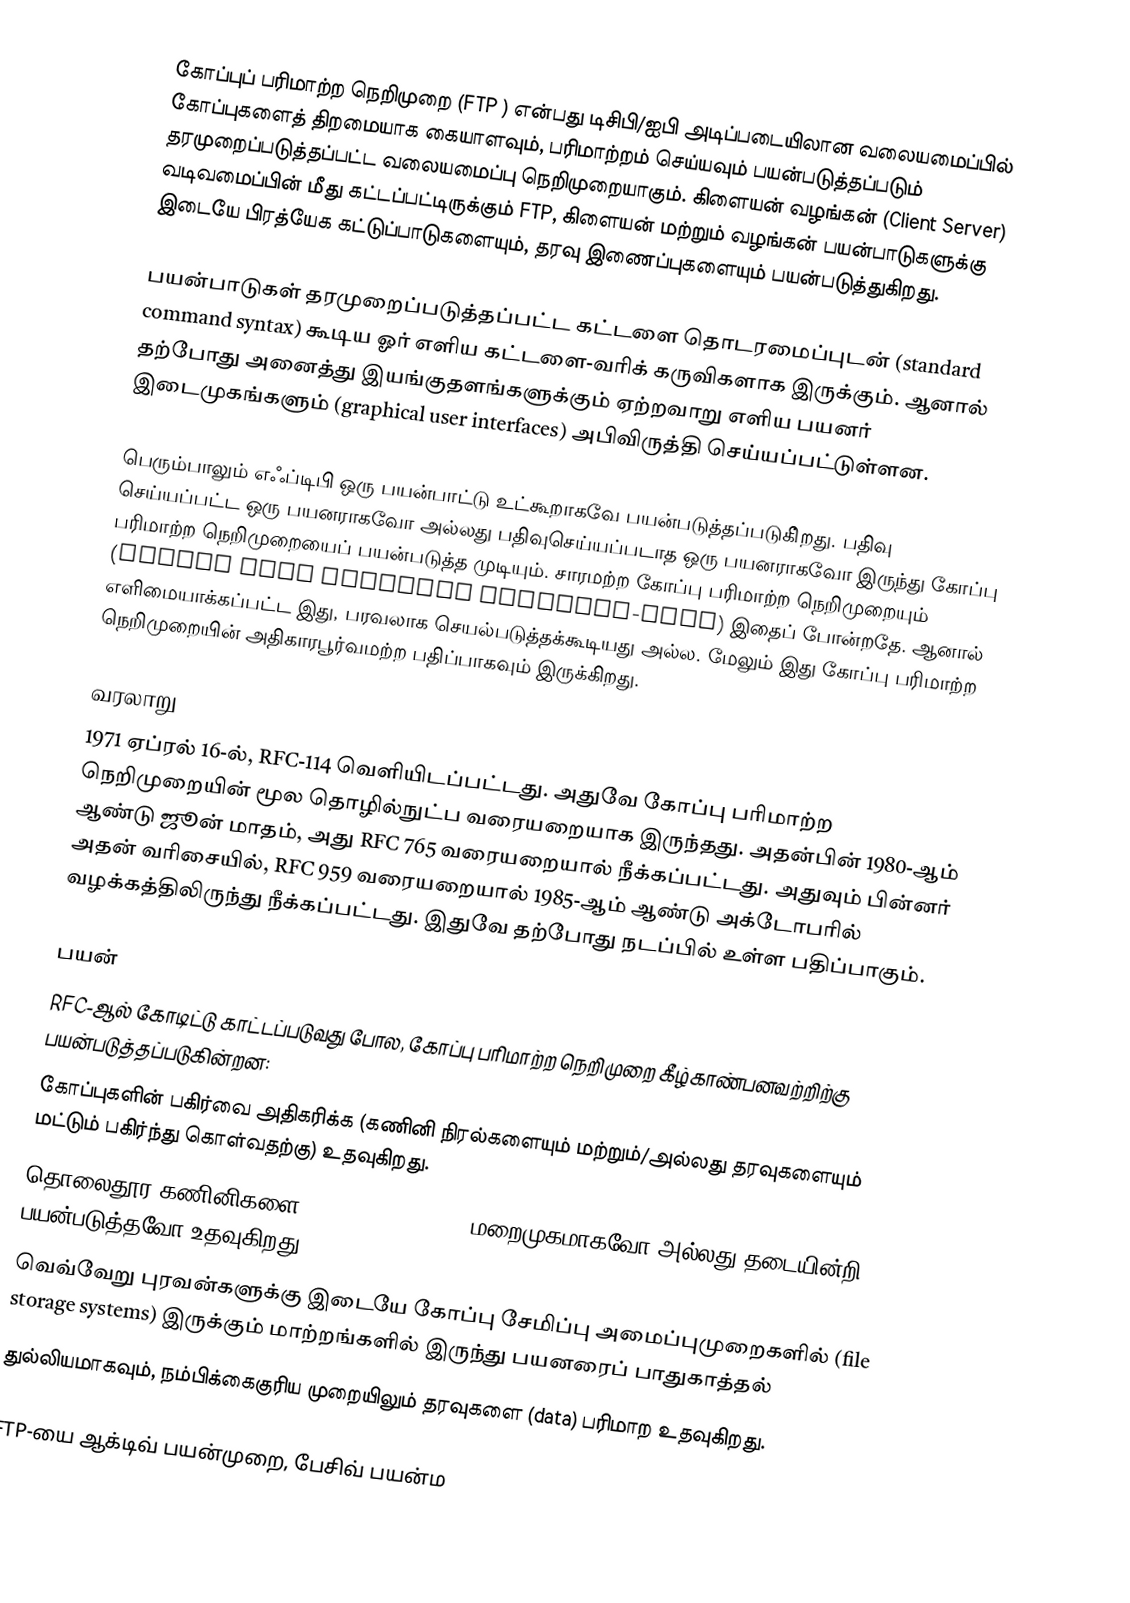
கோப்புப் பரிமாற்ற நெறிமுறை (FTP ) என்பது டிசிபி/ஐபி அடிப்படையிலான வலையமைப்பில் கோப்புகளைத் திறமையாக கையாளவும், பரிமாற்றம் செய்யவும் பயன்படுத்தப்படும் தரமுறைப்படுத்தப்பட்ட வலையமைப்பு நெறிமுறையாகும். கிளையன் வழங்கன் (Client Server) வடிவமைப்பின் மீது கட்டப்பட்டிருக்கும் FTP, கிளையன் மற்றும் வழங்கன் பயன்பாடுகளுக்கு இடையே பிரத்யேக கட்டுப்பாடுகளையும், தரவு இணைப்புகளையும் பயன்படுத்துகிறது.

பயன்பாடுகள் தரமுறைப்படுத்தப்பட்ட கட்டளை தொடரமைப்புடன் (standard command syntax) கூடிய ஓர் எளிய கட்டளை-வரிக் கருவிகளாக இருக்கும். ஆனால் தற்போது அனைத்து இயங்குதளங்களுக்கும் ஏற்றவாறு எளிய பயனர் இடைமுகங்களும் (graphical user interfaces) அபிவிருத்தி செய்யப்பட்டுள்ளன.

பெரும்பாலும் எஃப்டிபி ஒரு பயன்பாட்டு உட்கூறாகவே பயன்படுத்தப்படுகி்றது. பதிவு செய்யப்பட்ட ஒரு பயனராகவோ அல்லது பதிவுசெய்யப்படாத ஒரு பயனராகவோ இருந்து கோப்பு பரிமாற்ற நெறிமுறையைப் பயன்படுத்த முடியும். சாரமற்ற கோப்பு பரிமாற்ற நெறிமுறையும் (Trival File Transfer Protocol-TFTP) இதைப் போன்றதே. ஆனால் எளிமையாக்கப்பட்ட இது, பரவலாக செயல்படுத்தக்கூடியது அல்ல. மேலும் இது கோப்பு பரிமாற்ற நெறிமுறையின் அதிகாரபூர்வமற்ற பதிப்பாகவும் இருக்கிறது.

வரலாறு
1971 ஏப்ரல் 16-ல், RFC-114 வெளியிடப்பட்டது. அதுவே கோப்பு பரிமாற்ற நெறிமுறையின் மூல தொழில்நுட்ப வரையறையாக இருந்தது. அதன்பின் 1980-ஆம் ஆண்டு ஜூன் மாதம், அது RFC 765 வரையறையால் நீக்கப்பட்டது. அதுவும் பின்னர் அதன் வரிசையில், RFC 959 வரையறையால் 1985-ஆம் ஆண்டு அக்டோபரில் வழக்கத்திலிருந்து நீக்கப்பட்டது. இதுவே தற்போது நடப்பில் உள்ள பதிப்பாகும்.

பயன்
RFC-ஆல் கோடிட்டு காட்டப்படுவது போல, கோப்பு பரிமாற்ற நெறிமுறை கீழ்காண்பனவற்றிற்கு பயன்படுத்தப்படுகின்றன:
 கோப்புகளின் பகிர்வை அதிகரிக்க (கணினி நிரல்களையும் மற்றும்/அல்லது தரவுகளையும் மட்டும் பகிர்ந்து கொள்வதற்கு) உதவுகிறது.
 தொலைதூர கணினிகளை (Remote computers) மறைமுகமாகவோ அல்லது தடையின்றி பயன்படுத்தவோ உதவுகிறது.
 வெவ்வேறு புரவன்களுக்கு இடையே கோப்பு சேமிப்பு அமைப்புமுறைகளில் (file storage systems) இருக்கும் மாற்றங்களில் இருந்து பயனரைப் பாதுகாத்தல்
 துல்லியமாகவும், நம்பிக்கைகுரிய முறையிலும் தரவுகளை (data) பரிமாற உதவுகிறது.

FTP-யை ஆக்டிவ் பயன்முறை, பேசிவ் பயன்ம